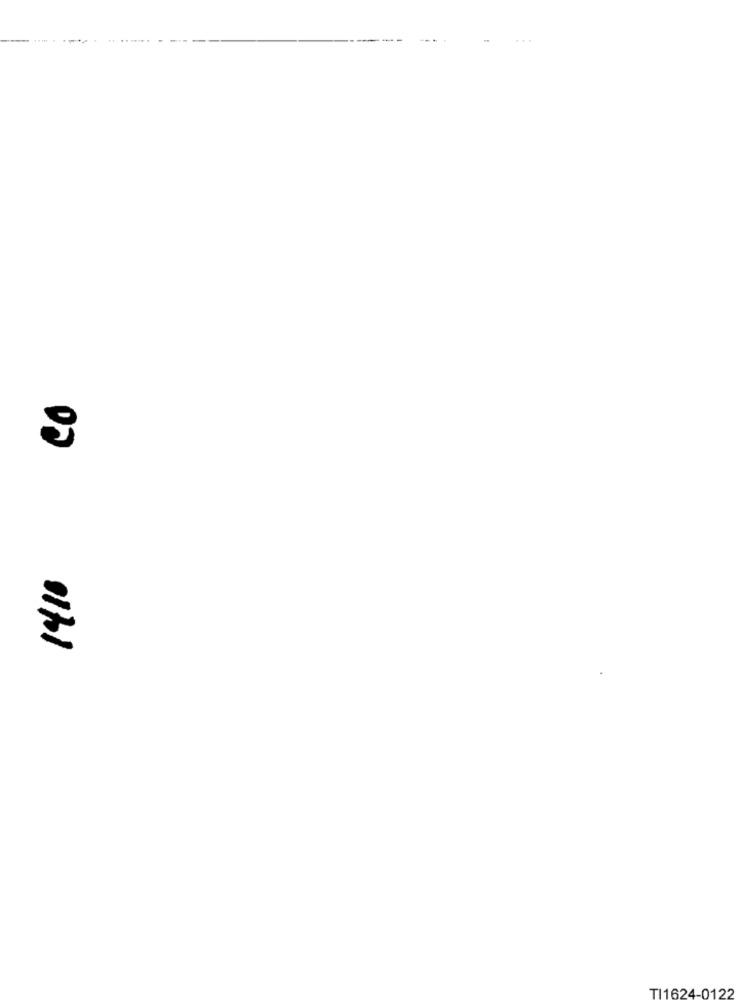
TI1624-0122